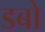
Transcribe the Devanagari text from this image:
डबो